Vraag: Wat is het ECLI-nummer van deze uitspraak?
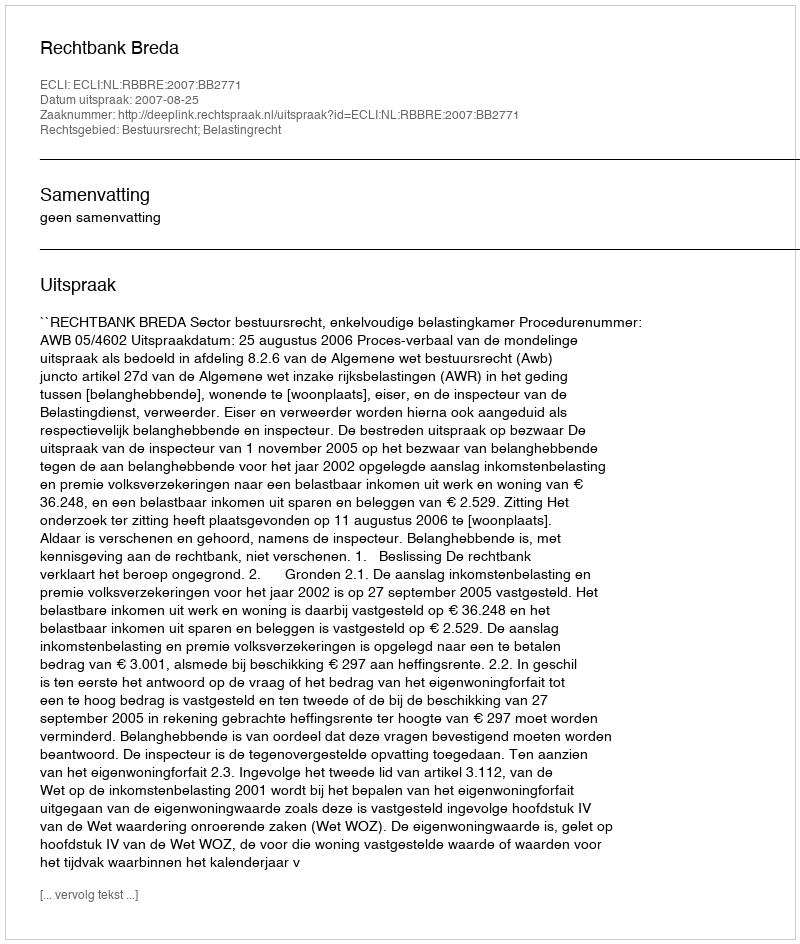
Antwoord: ECLI:NL:RBBRE:2007:BB2771